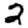
Digit: 2